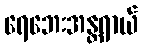
ရေဘေးအန္တရာယ်